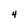
Character: 4